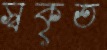
স্বকৃত